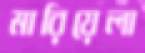
মারিয়েলা